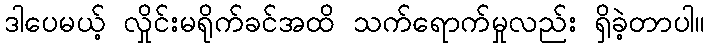
ဒါပေမယ့် လှိုင်းမရိုက်ခင်အထိ သက်ရောက်မှုလည်း ရှိခဲ့တာပါ။